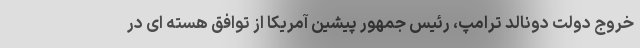
خروج دولت دونالد ترامپ، رئیس جمهور پیشین آمریکا از توافق هسته ای در